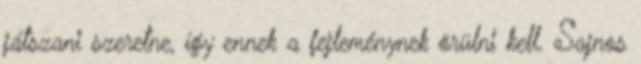
játszani szeretne, így ennek a fejleménynek örülni kell. Sajnos